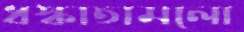
ধস্‌কাতামলো